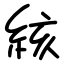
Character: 絯